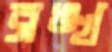
ব্রঙ্খ